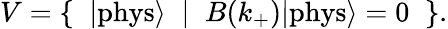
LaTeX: V=\{ \; \; |\mathrm{phys}{\rangle}\; \; |\; \; B(k_{+})|\mathrm{phys}{\rangle}=0\; \; \} .